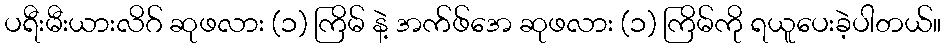
ပရီးမီးယားလိဂ် ဆုဖလား (၁) ကြိမ် နဲ့ အက်ဖ်အေ ဆုဖလား (၁) ကြိမ်ကို ရယူပေးခဲ့ပါတယ်။